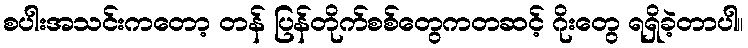
စပါးအသင်းကတော့ တန် ပြန်တိုက်စစ်တွေကတဆင့် ဂိုးတွေ ရရှိခဲ့တာပါ။